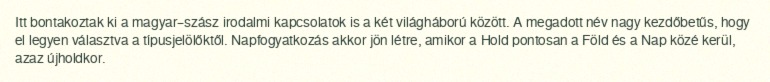
Itt bontakoztak ki a magyar–szász irodalmi kapcsolatok is a két világháború között. A megadott név nagy kezdőbetűs, hogy el legyen választva a típusjelölőktől. Napfogyatkozás akkor jön létre, amikor a Hold pontosan a Föld és a Nap közé kerül, azaz újholdkor.